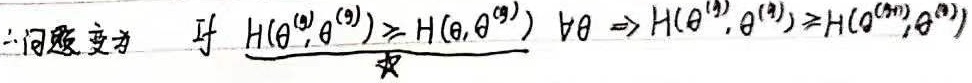
If $\frac{H(\theta^{(t)},\theta^{(t)})\geq H(\theta,\theta^{(t)})}{\star} \forall\theta \Rightarrow H(\theta^{(t)},\theta^{(t)})\geq H(\theta^{(t + 1)},\theta^{(t)})$ ，对于所有 $\theta$ 满足前面条件推出后面结论 。最终为：
If $\frac{H(\theta^{(t)},\theta^{(t)})\geq H(\theta,\theta^{(t)})}{\star} \forall\theta \Rightarrow H(\theta^{(t)},\theta^{(t)})\geq H(\theta^{(t + 1)},\theta^{(t)})$